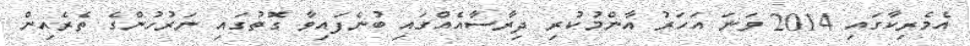
އެމެރިކާގައި 2014 ވަނަ އަހަރު އާންމުކުރި ދިރާސާއެއްގައި ބުނެފައިވާ ގޮތުގައި ނަރުހުންގެ ތެރެއިން